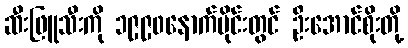
ဆီးဖြူသီးကို ၁၉၉၀နောက်ပိုင်းတွင် ဦးအောင်စိုးတို့